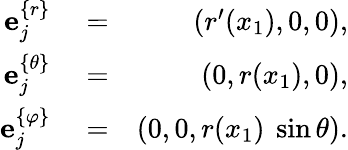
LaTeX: \begin{array}{rlr}{{\mathbf e}_{j}^{\{ r\} }}&{{}=}&{\left(r^{\prime}(x_{1}),0,0\right),}\\ {{\mathbf e}_{j}^{\{ \theta\} }}&{{}=}&{\left(0,r(x_{1}),0\right),}\\ {{\mathbf e}_{j}^{\{ \varphi\} }}&{{}=}&{\left(0,0,r(x_{1})\ \sin\theta\right).}\end{array}